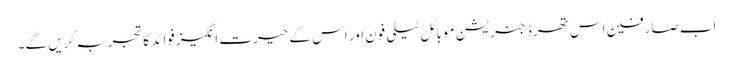
اب صارفین اس تھرڈ جنریشن موبائل ٹیلی فون اور اس کے حیرت انگیز فوائد کاتجربہ کریں گے۔